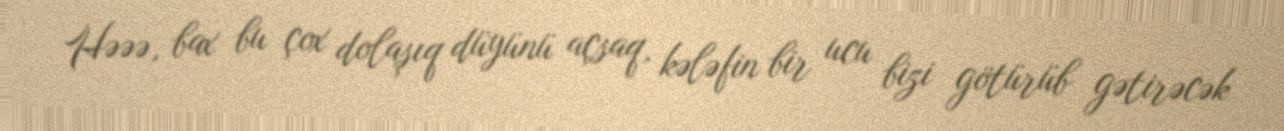
Həəə, bax bu çox dolaşıq düyünü açsaq, kələfin bir ucu bizi götürüb gətirəcək